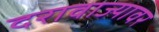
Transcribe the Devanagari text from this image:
दरावाज्यावर